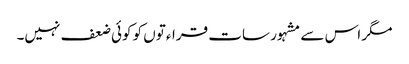
مگر اس سے مشہور سات قراءتوں کو کوئی ضعف نہیں۔